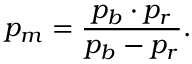
p _ { m } = { \frac { p _ { b } \cdot p _ { r } } { p _ { b } - p _ { r } } } .